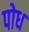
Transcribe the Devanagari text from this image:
पोध